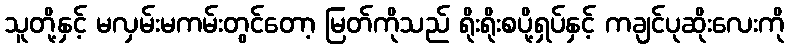
သူတို့နှင့် မလှမ်းမကမ်းတွင်တော့ မြတ်ကိုသည် ရိုးရိုးစပို့ရှပ်နှင့် ကချင်ပုဆိုးလေးကို